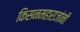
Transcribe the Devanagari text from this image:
किसनमहाराजांनी